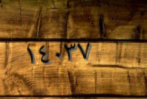
١٤٠٣٧